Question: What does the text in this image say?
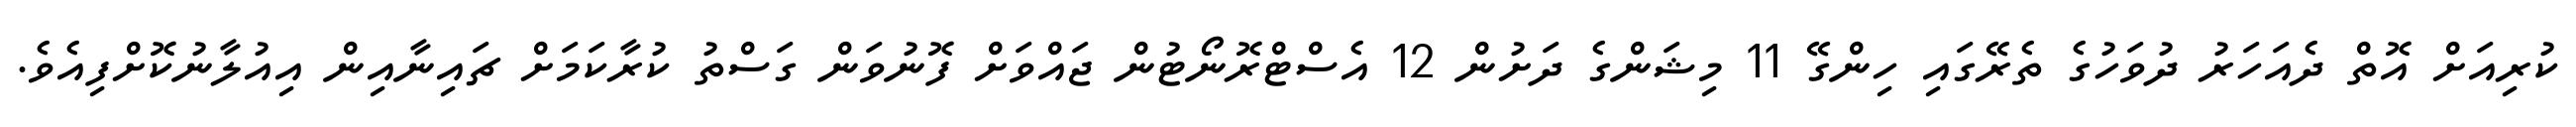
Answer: ކުރިއަށް އޮތް ދެއަހަރު ދުވަހުގެ ތެރޭގައި ހިންގޭ 11 މިޝަންގެ ދަށުން 12 އެސްޓްރޮނޯޓުން ޖައްވަށް ފޮނުވަން ގަސްތު ކުރާކަމަށް ޗައިނާއިން އިއުލާނުކޮށްފިއެވެ.